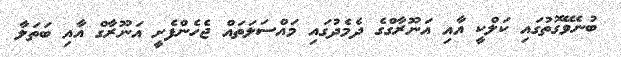
ބުނެވޭގޮތުގައި ކަލްކީ އާއި އަނޫރާގްގެ ދެމެދުގައި މައްސަލަތައް ޖެހެންފެށީ އަނޫރާގް އާއި ބަތަލާ